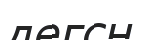
дегсн